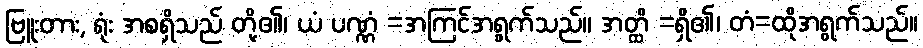
ဗြူးတား, ရုံး အစရှိသည် တို့၏၊ ယံ ပဏ္ဏံ =အကြင်အရွက်သည်။ အတ္ထိ =ရှိ၏၊ တံ=ထိုအရွက်သည်။